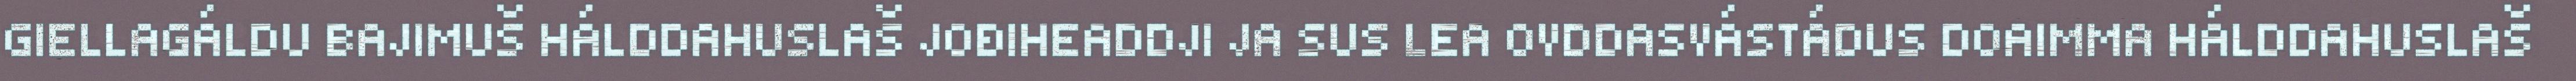
GIELLAGÁLDU BAJIMUŠ HÁLDDAHUSLAŠ JOĐIHEADDJI JA SUS LEA OVDDASVÁSTÁDUS DOAIMMA HÁLDDAHUSLAŠ